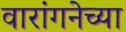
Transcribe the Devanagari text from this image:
वारांगनेच्या